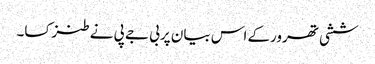
ششی تھرورکے اس بیان پربی جے پی نے طنزکسا۔